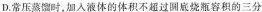
D.常压蒸馏时，加入液体的体积不通过圆底烧瓶容积的三分